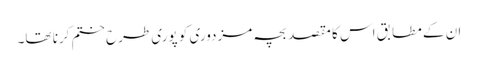
ان کے مطابق اس کا مقصد بچہ مزدوری کو پوری طرح ختم کرنا تھا۔